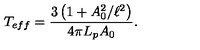
T _ { e f f } = \frac { 3 \left( 1 + A _ { 0 } ^ { 2 } / \ell ^ { 2 } \right) } { 4 \pi L _ { p } A _ { 0 } } .